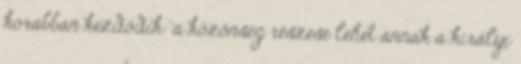
korábban kezdődik: a közönség részese lehet annak a királyi